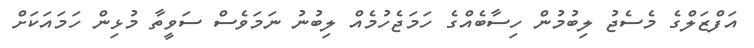
އަފްޒަލްގެ މެސެޖު ލިބުމުން ހިސާބެއްގެ ހަމަޖެހުމެއް ލިބުނު ނަމަވެސް ސަވީތާ މުޅިން ހަމައަކަށް